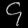
Digit: ၄